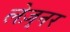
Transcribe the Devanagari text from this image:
लेज़्नर